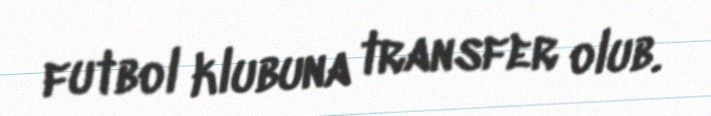
futbol klubuna transfer olub.